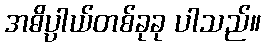
အဓိပ္ပါယ်တစ်ခုခု ပါသည်။